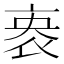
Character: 𬽏